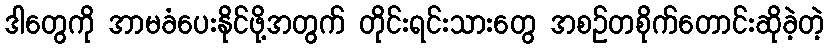
ဒါတွေကို အာမခံပေးနိုင်ဖို့အတွက် တိုင်းရင်းသားတွေ အစဥ်တစိုက်တောင်းဆိုခဲ့တဲ့